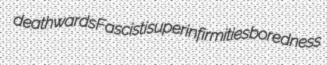
deathwards Fascisti superinfirmities boredness